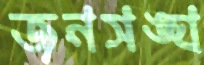
জনসঙ্ঘ